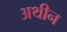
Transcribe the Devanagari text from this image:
अथीन